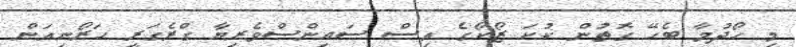
މި ހޯދުމާ ބެހޭ ގޮތުން ކުކަ ޒޯކޯގެ އިސް ސައިންސްވެރިޔާ ގްރެގަރީ ހަރޯނިއަން